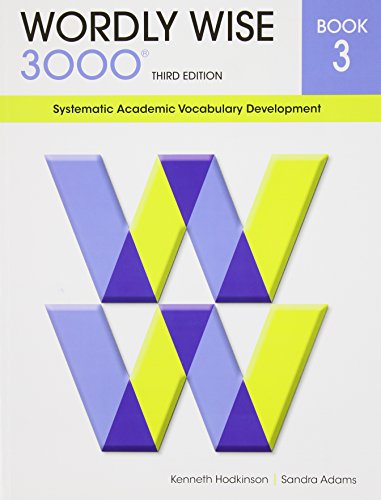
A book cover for Wordly Wise 3000 : Systematic Academic Vocabulary Development, Book 3; Kenneth Hodkinson; Children's Books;